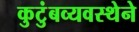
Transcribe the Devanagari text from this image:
कुटुंबव्यवस्थेने